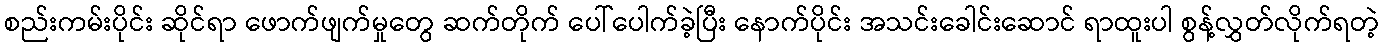
စည်းကမ်းပိုင်း ဆိုင်ရာ ဖောက်ဖျက်မှုတွေ ဆက်တိုက် ပေါ်ပေါက်ခဲ့ပြီး နောက်ပိုင်း အသင်းခေါင်းဆောင် ရာထူးပါ စွန့်လွှတ်လိုက်ရတဲ့